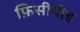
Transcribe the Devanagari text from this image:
फ़िसीपीड